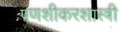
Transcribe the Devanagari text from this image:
पणशीकरशास्त्री